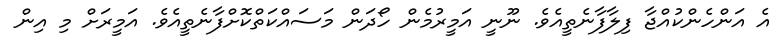
އެ އަންހެންކުއްޖާ ފިލާފާނެތީއެވެ. ނޫނީ އަމީރުމެން ހޯދަން މަސައްކަތްކޮށްފާނެތީއެވެ. އަމީރަށް މި އިން